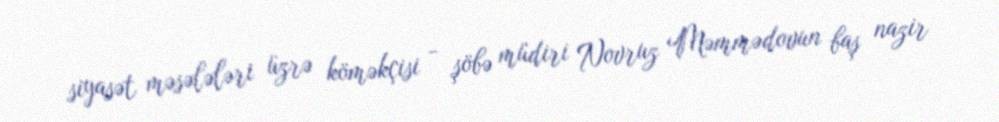
siyasət məsələləri üzrə köməkçisi - şöbə müdiri Novruz Məmmədovun baş nazir